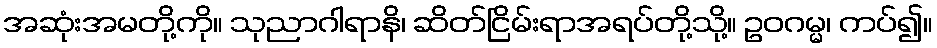
အဆုံးအမတို့ကို။ သုညာဂါရာနိ၊ ဆိတ်ငြိမ်းရာအရပ်တို့သို့။ ဥဝဂမ္မ၊ ကပ်၍။